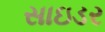
સાઇડર